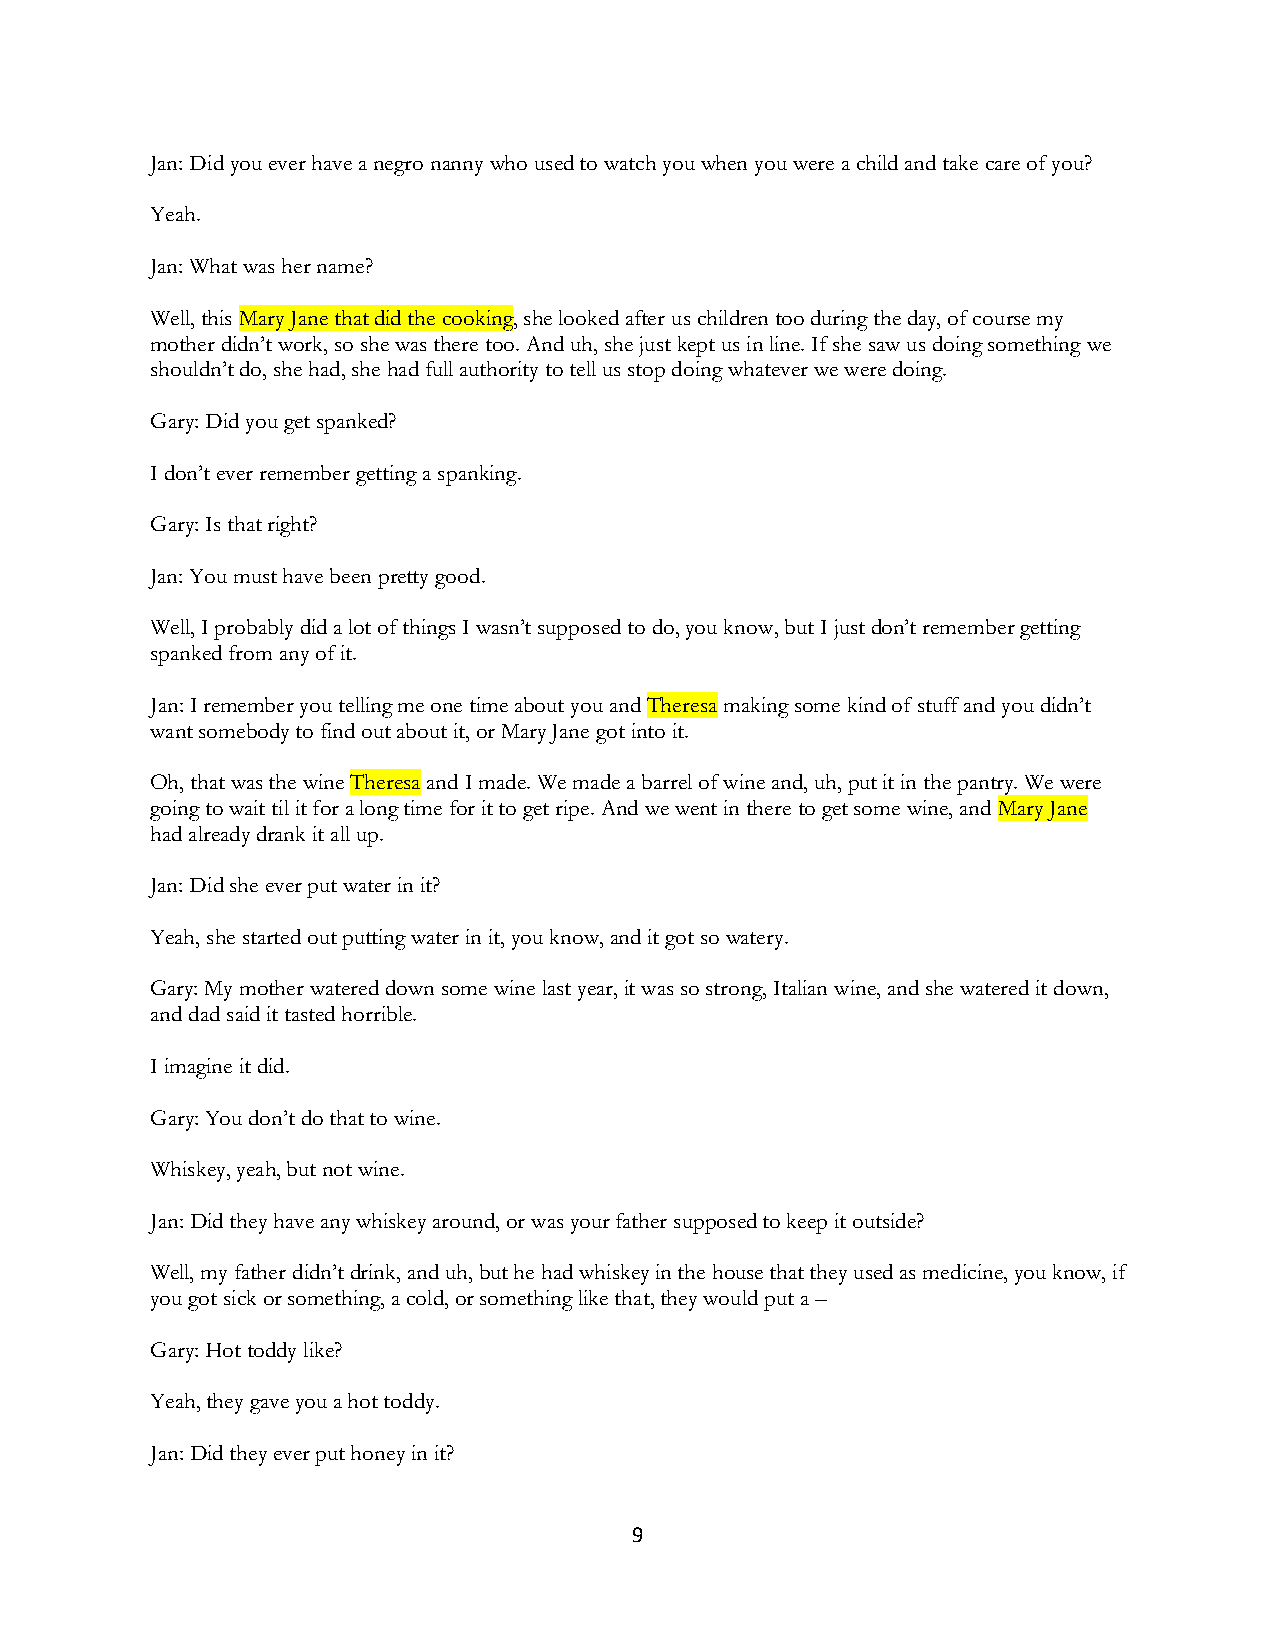
Jan: Did you ever have a negro nanny who used to watch you when you were a child and take care of you?
 Yeah.
 Jan: What was her name?
 Well, this Mary Jane that did the cooking, she looked after us children too during the day, of course my
 mother didn’t work, so she was there too. And uh, she just kept us in line. If she saw us doing something we
 shouldn’t do, she had, she had full authority to tell us stop doing whatever we were doing.
 Gary: Did you get spanked?
 I don’t ever remember getting a spanking.
 Gary: Is that right?
 Jan: You must have been pretty good.
 Well, I probably did a lot of things I wasn’t supposed to do, you know, but I just don’t remember getting
 spanked from any of it.
 Jan: I remember you telling me one time about you and Theresa making some kind of stuff and you didn’t
 want somebody to find out about it, or Mary Jane got into it.
 Oh, that was the wine Theresa and I made. We made a barrel of wine and, uh, put it in the pantry. We were
 going to wait til it for a long time for it to get ripe. And we went in there to get some wine, and Mary Jane
 had already drank it all up.
 Jan: Did she ever put water in it?
 Yeah, she started out putting water in it, you know, and it got so watery.
 Gary: My mother watered down some wine last year, it was so strong, Italian wine, and she watered it down,
 and dad said it tasted horrible.
 I imagine it did.
 Gary: You don’t do that to wine.
 Whiskey, yeah, but not wine.
 Jan: Did they have any whiskey around, or was your father supposed to keep it outside?
 Well, my father didn’t drink, and uh, but he had whiskey in the house that they used as medicine, you know, if
 you got sick or something, a cold, or something like that, they would put a –
 Gary: Hot toddy like?
 Yeah, they gave you a hot toddy.
 Jan: Did they ever put honey in it?
 9